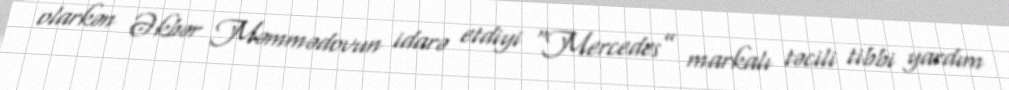
olarkən Əkbər Məmmədovun idarə etdiyi “Mercedes” markalı təcili tibbi yardım